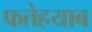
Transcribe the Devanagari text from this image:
फतेहयाब